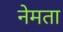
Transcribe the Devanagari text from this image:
नेमता